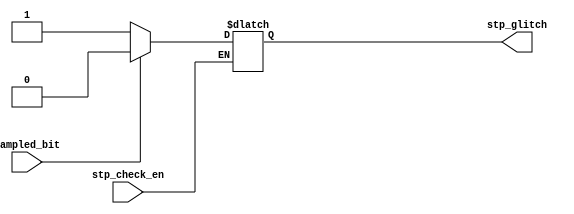
module stp_check (
    input wire stp_check_en,
    input wire sampled_bit,

    output reg stp_glitch

);


always @(*) 
    begin
        
       // data<=0;
        if (stp_check_en)
            if(sampled_bit==1)    
                stp_glitch<=0;
            else
                stp_glitch<=1'b1;
        else
           stp_glitch<=stp_glitch;
    end
endmodule